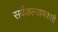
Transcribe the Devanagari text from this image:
सर्वकल्याणकारी